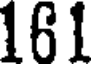
161